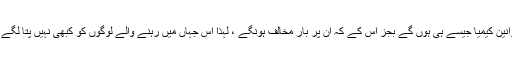
کیونکہ ضد کیمیا قوانین بالکل قوانینِ کیمیا جیسے ہی ہوں گے بجز اس کے کہ ان پر بار مخالف ہونگے ، لہٰذا اس جہاں میں رہنے والے لوگوں کو کبھی نہیں پتا لگے گا کہ وہ ضد مادّہ سے بنے ہیں۔